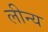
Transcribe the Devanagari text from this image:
लीन्य